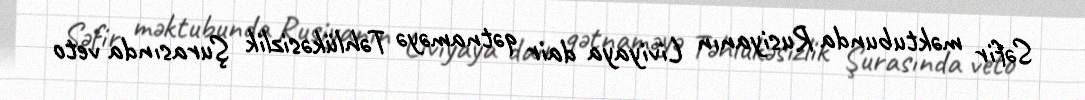
Səfir məktubunda Rusiyanın Liviyaya dair qətnaməyə Təhlükəsizlik Şurasında veto